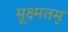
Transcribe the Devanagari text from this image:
सूक्ष्मतम्